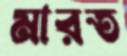
মারত